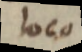
loco